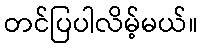
တင်ပြပါလိမ့်မယ်။